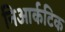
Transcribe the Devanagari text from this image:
निआर्कटिक